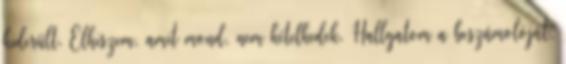
kiderült. Elhiszem, amit mond, nem kételkedek. Hallgatom a beszámolóját,